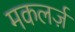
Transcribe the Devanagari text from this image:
मकलर्ज़